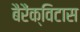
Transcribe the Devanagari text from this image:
बैरैंक्विटास